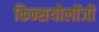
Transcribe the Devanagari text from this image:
किन्सयोलॉजी